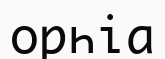
орһіа